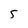
Character: 5